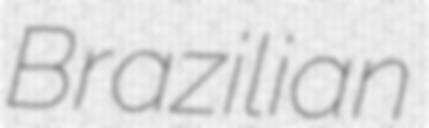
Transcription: Brazilian